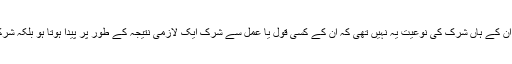
مشرکین عرب کے متعلق یہ بات یاد رکھنی چاہیے کہ ان کے ہاں شرک کی نوعیت یہ نہیں تھی کہ ان کے کسی قول یا عمل سے شرک ایک لازمی نتیجہ کے طور پر پیدا ہوتا ہو بلکہ شرک کو بطور دین اور عقیدہ کے انھوں نے اختیار کیا تھا۔